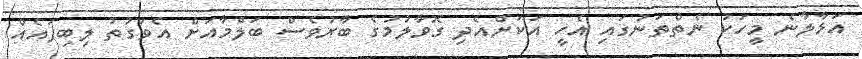
އަޅާލާނެ މީހަކު ނެތްތަނުގައި އެހީ އަކަށްއެދި ގޮވާލުމުގެ ބާރުވެސް ބަލްމާއަށް އެވަގުތު ލިބިފައެއް